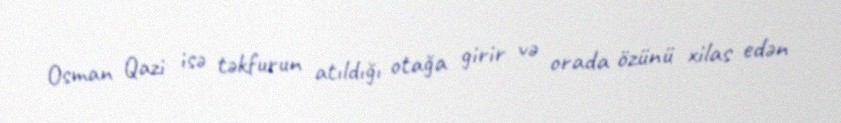
Osman Qazi isə təkfurun atıldığı otağa girir və orada özünü xilas edən